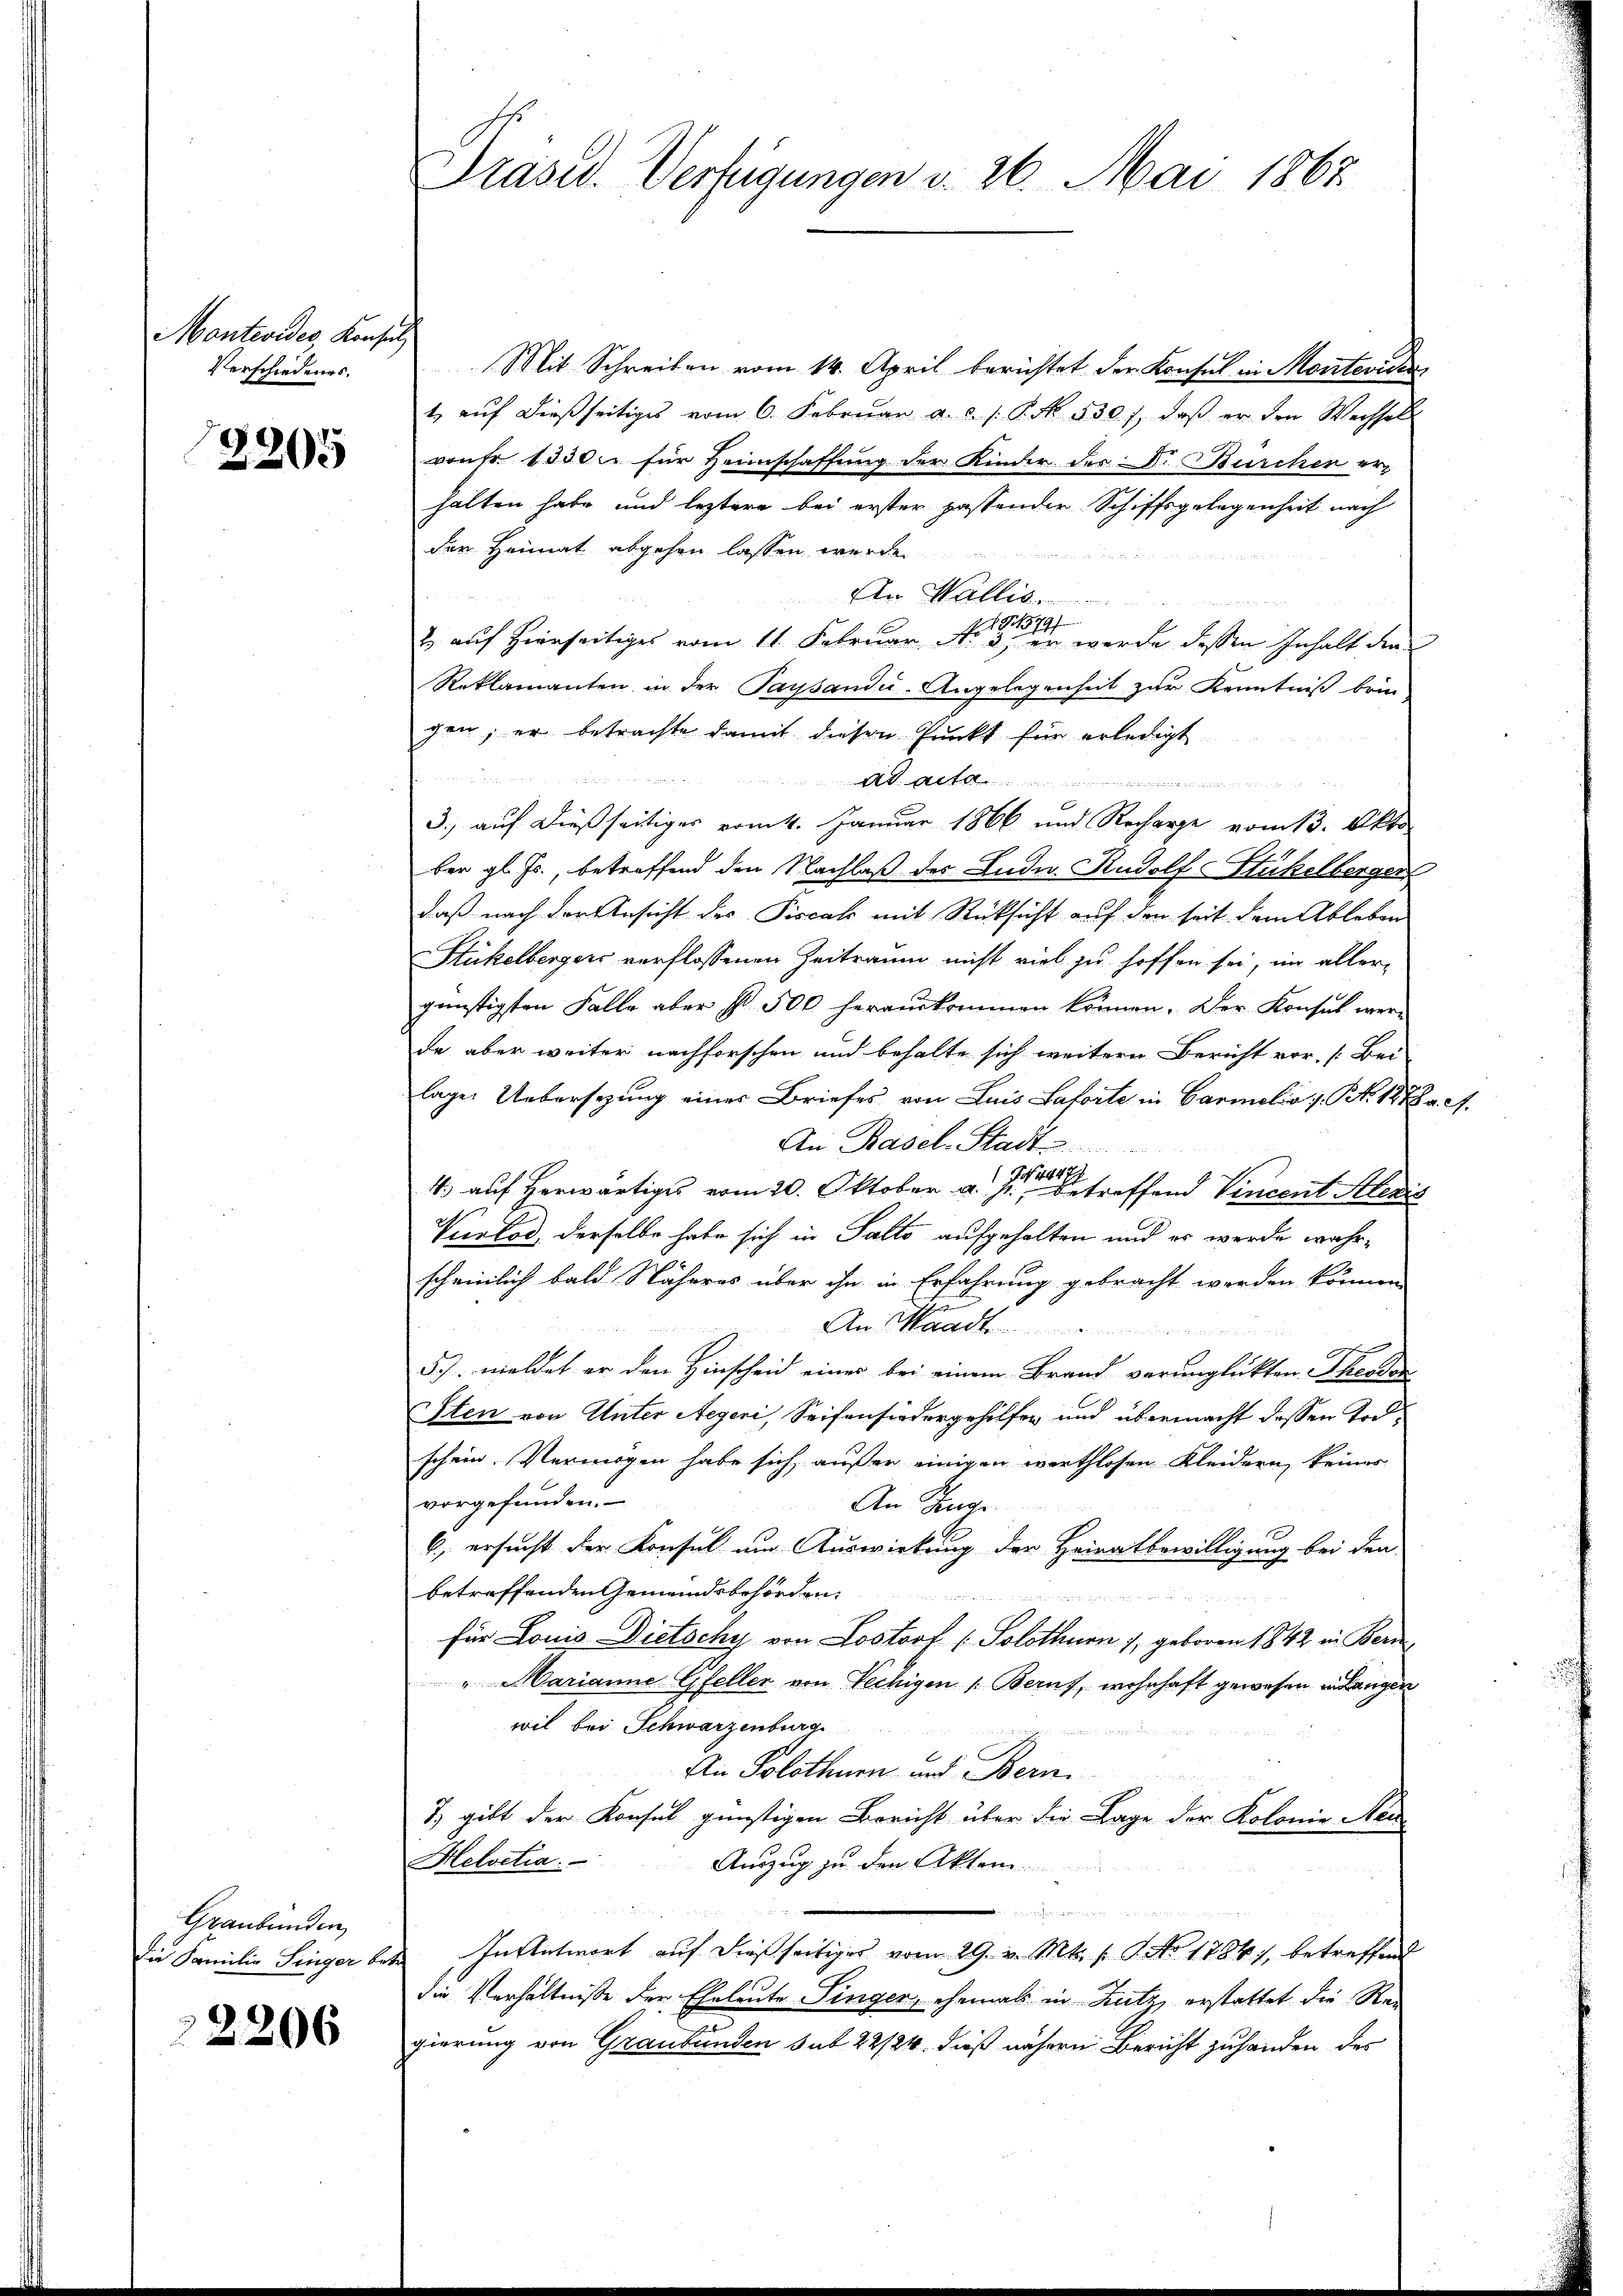
Montevides, Konsul
Verschiedenes.

2205

Graubünden,
die Familie Finger be¬

2206

Präsid. Verfügungen v. 26. Mai 1862

Mit Schreiben vom 14. April berichtet der Konsul in Monteviden
t aŭf dießseitiges vom 6. Febrŭar a. d. J. P. Nr. 530. 1. daβ er den Wechsels
vrufr. 1000 für Heimschaffung der Kinder des V. Zürcher er-
halten habe und leztere bei erster passender Schiffsgelegenheit nach
der Heimat abgehen lassen werde.
An Wallis
So
2 auf hierseitiges vom 11. Februar den werde dessen Inhalt den
Reklamanten in der Paysandu-Angelegenheit zur Kenntniß brin-
gen, er betrachte damit diesen Punkt für erledigt

A
3., auf dießseitiges vom 4. Januar 1866 und Recharge vom 13. Okto
ber gl. Js., betreffend den Nachlaß des Ende Rudolf Stückelberger
daß nach der Ansicht des Piscale mit Rücksicht auf den seit dem Ableben
Stückelbergers verflossenen Zeitraum nicht viel zu hoffen sei, im aller-
günstigten Falle aber st 500 herauskommen können. Der Konsul werda aber weiter nachforschen und behalte sich weitern Bericht vor. [Bei-
lage. Uebersezung eines Briefes von Luis Laforte in Carmelio i. Nr. 1878 a. A.
An Basel-Stadt
4. auf herwärtiges vom 20. Oktober a. der effend Vincent Alexis
Vurlod, derselbe habe sich in Salts aufgehalten und er werde wahr¬
.
scheinlich bald Näheres über ihn in Erfahrung gebracht werden können.
n
An Mord
5). meldet er den Hinscheid einer bei einem Brand verunglückten Therde
Iten von Unter Aegeri, Seifensiedergeholfen und übermacht dessen Todschein. Vermögen habe sich außer einigen werthlosen Kleidern keines
vorgefunden.
An Zuge
6., ersucht der Konsul um Auswirkung der Heiratbewilligung bei den
betreffenden Gemeindsbehörden.
für Louis Dietschy von Lostort (Solothurn 1, geboren 1842 in Bern
" Marianne Gfeller von Techigen 1. Beruf, wohnhaft gewesen in Langen
wil bei Schwarzenburg
An Solothurn und Bern
u
7) gibt der Konsul günstigen Bericht über die Lage der Kolonie Neu
Helvetia.
Auszug zu den Akten.
dn den dieser Herrn
In Antwort auf dießseitiges vom 29. v. Mts. pr. G. No 1784), betreffend
die Verhältnisse der Eheleute Singer, ehemals in Lutz, erstattet die Rei
gierung von Graubünden sub 22/24. dieß nähern Bericht zuhanden des